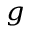
^ { g }